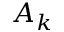
A _ { k }